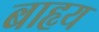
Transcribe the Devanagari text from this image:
बाहृय